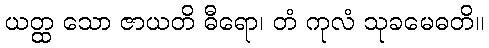
ယတ္ထ သော ဇာယတိ ဓီရော၊ တံ ကုလံ သုခမေဓတိ။